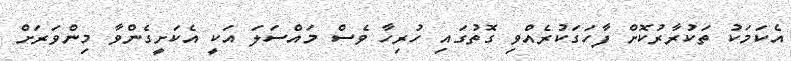
އެކަމަކު ތަކުރާރުކޮށް ފާހަގަކުރެއްވި ގޮތުގައި ހުރިހާ ވެސް މައްސަލަ އަކީ އެކަށީގެންވާ މިންވަރަށް